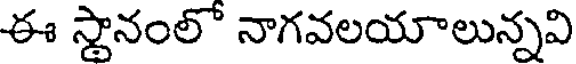
ఈ స్థానంలో నాగవలయాలున్నవి